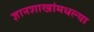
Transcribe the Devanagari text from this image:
ज्ञानशाखांमधल्या